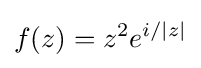
f(z)=z^{2}e^{i/|z|}